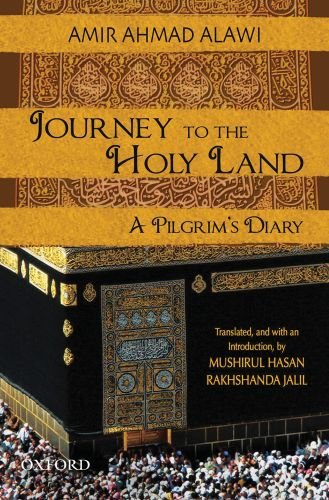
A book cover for Journey to the Holy Land: A Pilgrim's Diary; Amir Ahmad Alawi; Religion & Spirituality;